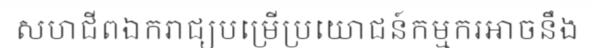
សហជីពឯករាជ្យបម្រើប្រយោជន៍កម្មករអាចនឹង